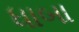
ધાબા